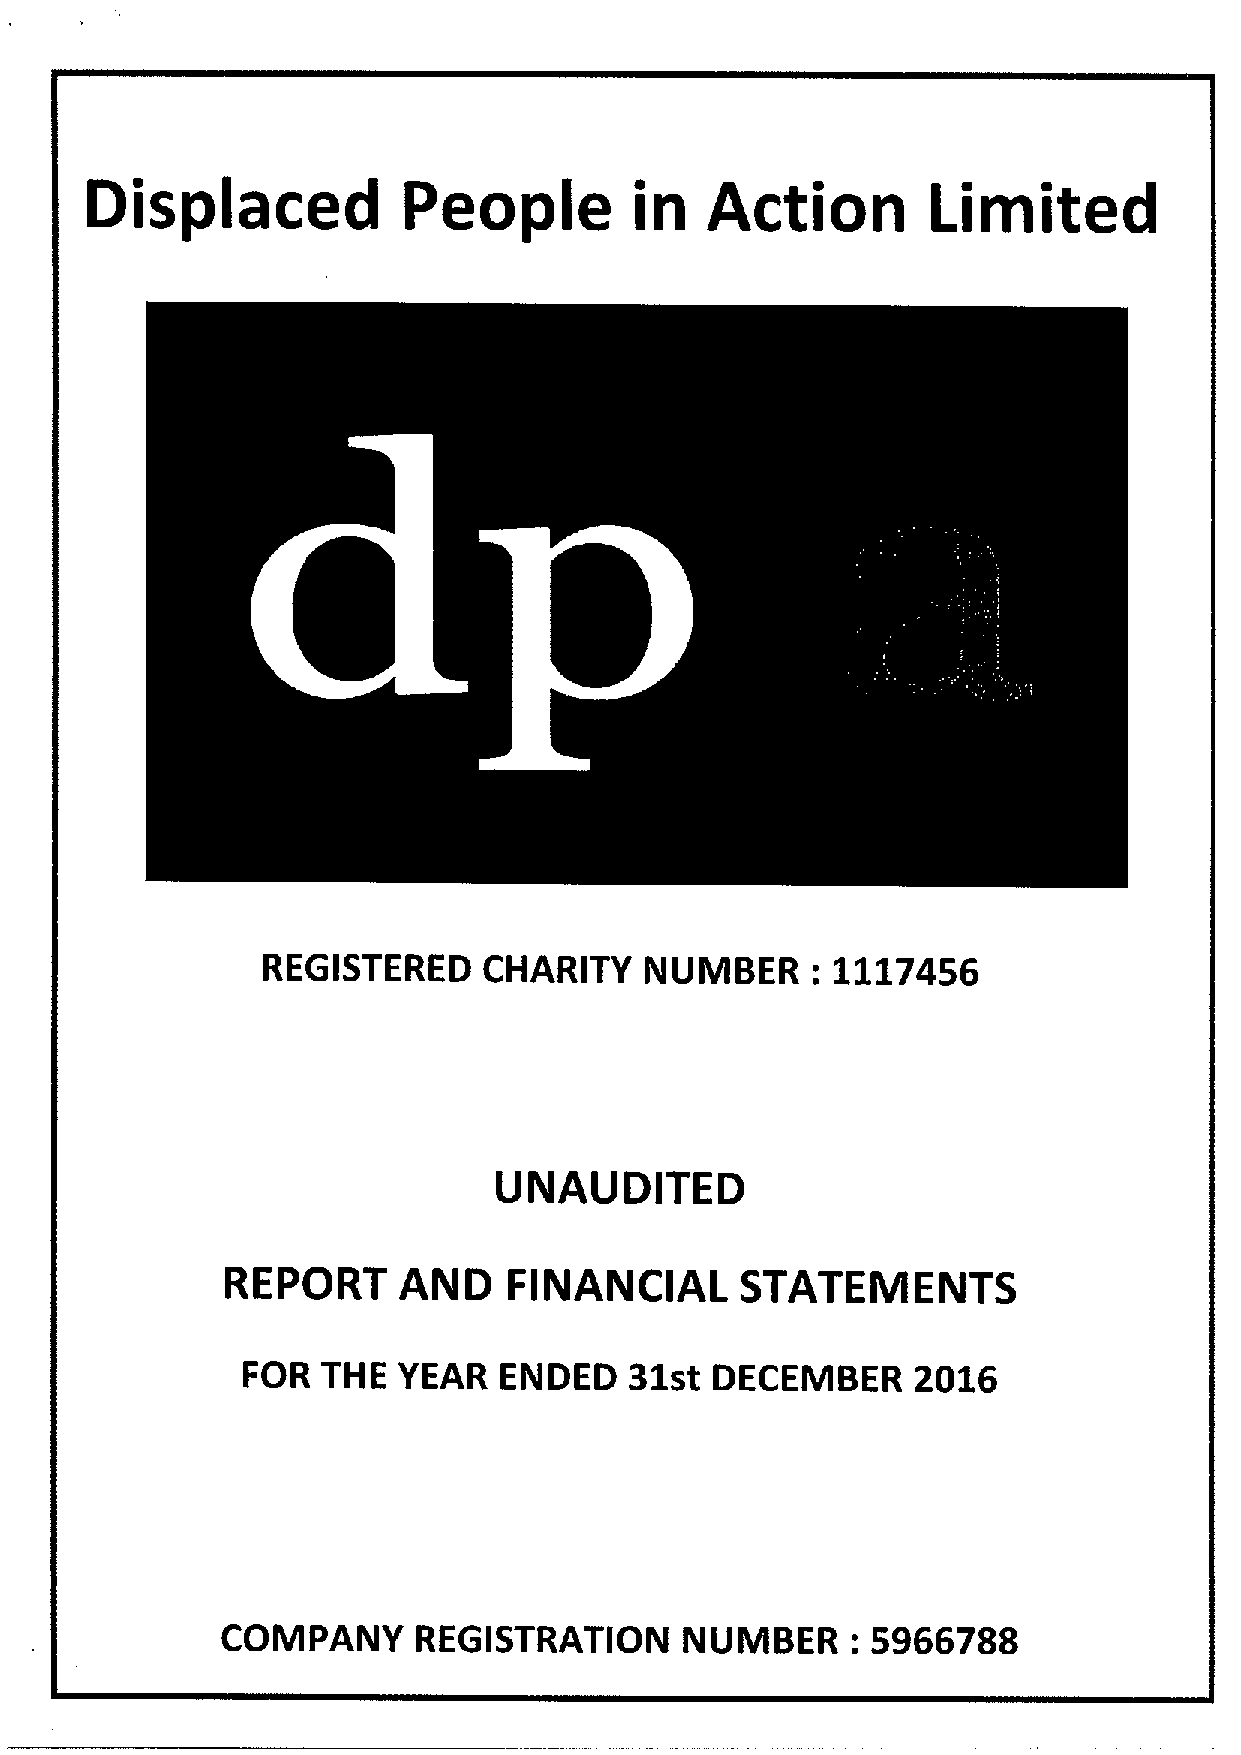
Displaced            People         in   Action         Limited
 REGISTERED     CHARITY    NUMBER:     1117456
 UNAUDITED
 REPORT     AND     FINANCIAL      STATEMENTS
 FOR  THE  YEAR   ENDED    31st DECEMBER      2016
 COMPANY      REGISTRATION     NUMBER:      5966788